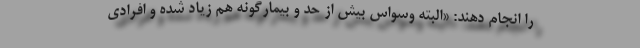
را انجام دهند: «البته وسواس بیش از حد و بیمارگونه هم زیاد شده و افرادی